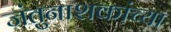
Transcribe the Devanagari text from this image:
जंतुनाशकांच्या